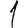
Digit: 1